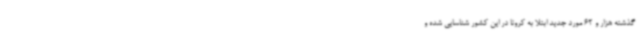
گذشته هزار و 62 مورد جدید ابتلا به کرونا در این کشور شناسایی شده و